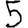
Digit: 5